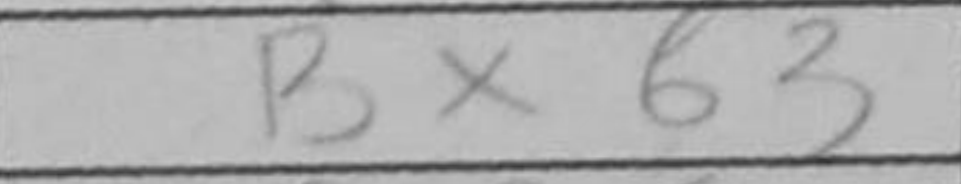
Transcription: Bxb3